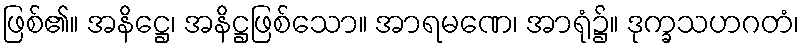
ဖြစ်၏။ အနိဋ္ဌေ၊ အနိဋ္ဌဖြစ်သော။ အာရမဏေ၊ အာရုံ၌။ ဒုက္ခသဟဂတံ၊